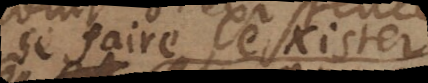
se faire exister